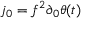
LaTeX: j _ { 0 } = f ^ { 2 } \partial _ { 0 } \theta ( t )